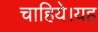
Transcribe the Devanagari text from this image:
चाहिये।यह